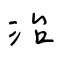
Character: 治